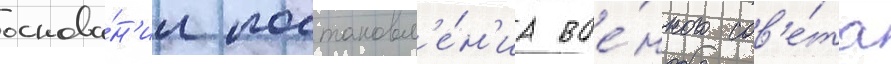
основа́н'ии постановл'е́н'иа вое́нного сов'е́та